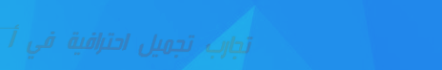
تجارب تجميل احترافية في أ